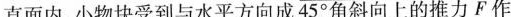
直面内，小物块受到与水平方向成45^{\circ} 角斜向上的推力F作